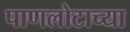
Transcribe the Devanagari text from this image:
पाणलोटाच्या